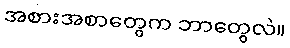
အစားအစာတွေက ဘာတွေလဲ။